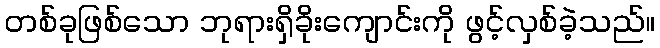
တစ်ခုဖြစ်သော ဘုရားရှိခိုးကျောင်းကို ဖွင့်လှစ်ခဲ့သည်။